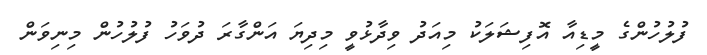
ފުލުހުންގެ މީޑިއާ އޮފިޝަލަކު މިއަދު ވިދާޅުވީ މިދިޔަ އަންގާރަ ދުވަހު ފުލުހުން މިނިވަން